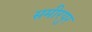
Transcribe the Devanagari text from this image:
समीरपुर